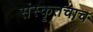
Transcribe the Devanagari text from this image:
संस्कॄतचाच